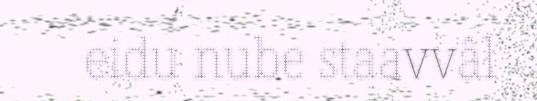
eidu nube staavvâl